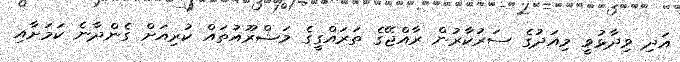
އަދި ވިދާޅުވީ މިއަދުގެ ސަރުކާރުން ރާއްޖޭގެ ތަރައްގީގެ މަޝްރޫއުތައް ކުރިއަށް ގެންދާނެ ކަމަށާއި